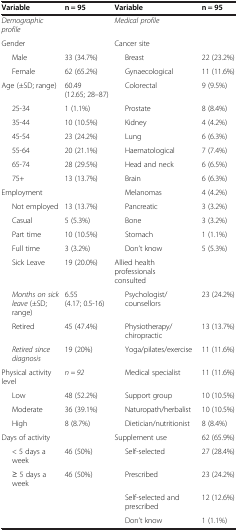
| Variable | n = 95 | Variable | n = 95 |
 | --- | --- | --- | --- |
 | Demographic profile |  | Medical profile |  |
 | Gender |  | Cancer site |  |
 | Male | 33 (34.7%) | Breast | 22 (23.2%) |
 | Female | 62 (65.2%) | Gynaecological | 11 (11.6%) |
 | Age (±SD; range) | 60.49 (12.65; 28–87) | Colorectal | 9 (9.5%) |
 | 25-34 | 1 (1.1%) | Prostate | 8 (8.4%) |
 | 35-44 | 10 (10.5%) | Kidney | 4 (4.2%) |
 | 45-54 | 23 (24.2%) | Lung | 6 (6.3%) |
 | 55-64 | 20 (21.1%) | Haematological | 7 (7.4%) |
 | 65-74 | 28 (29.5%) | Head and neck | 6 (6.5%) |
 | 75+ | 13 (13.7%) | Brain | 6 (6.3%) |
 | Employment |  | Melanomas | 4 (4.2%) |
 | Not employed | 13 (13.7%) | Pancreatic | 3 (3.2%) |
 | Casual | 5 (5.3%) | Bone | 3 (3.2%) |
 | Part time | 10 (10.5%) | Stomach | 1 (1.1%) |
 | Full time | 3 (3.2%) | Don’t know | 5 (5.3%) |
 | Sick Leave | 19 (20.0%) | Allied health professionals consulted |  |
 | Months on sick leave (±SD; range) | 6.55 (4.17; 0.5-16) | Psychologist/counsellors | 23 (24.2%) |
 | Retired | 45 (47.4%) | Physiotherapy/chiropractic | 13 (13.7%) |
 | Retired since diagnosis | 19 (20%) | Yoga/pilates/exercise | 11 (11.6%) |
 | Physical activity level | n = 92 | Medical specialist | 11 (11.6%) |
 | Low | 48 (52.2%) | Support group | 10 (10.5%) |
 | Moderate | 36 (39.1%) | Naturopath/herbalist | 10 (10.5%) |
 | High | 8 (8.7%) | Dietician/nutritionist | 8 (8.4%) |
 | Days of activity |  | Supplement use | 62 (65.9%) |
 | < 5 days a week | 46 (50%) | Self-selected | 27 (28.4%) |
 | ≥ 5 days a week | 46 (50%) | Prescribed | 23 (24.2%) |
 |  |  | Self-selected and prescribed | 12 (12.6%) |
 |  |  | Don’t know | 1 (1.1%) |